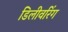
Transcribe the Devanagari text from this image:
डिलीवरिंग